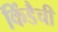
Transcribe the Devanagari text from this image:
किंडैची